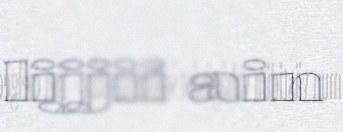
lijjii ain